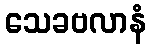
သေခဗလာနံ